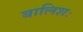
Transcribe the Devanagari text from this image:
बालिशः